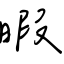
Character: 暇